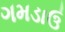
ગમડાઉ